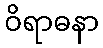
ဝိရာဓနာ